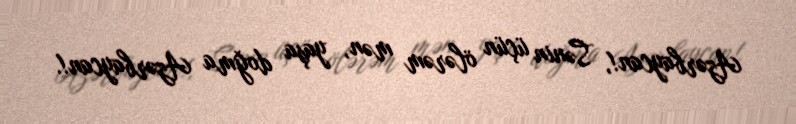
Azərbaycan!, Sənin üçün ölərəm mən, yaşa doğma Azərbaycan!.